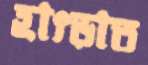
হাৎড়াত